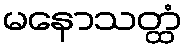
မနောသတ္ထံ